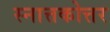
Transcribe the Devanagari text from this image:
स्नात्तकोत्तर